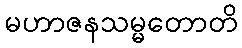
မဟာဇနသမ္မတောတိ